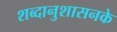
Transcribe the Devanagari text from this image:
शब्दानुशासनके